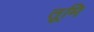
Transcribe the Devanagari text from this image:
तूमि